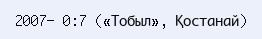
2007— 0:7 («Тобыл», Қостанай)